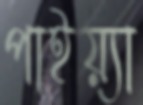
পাইয়্যা